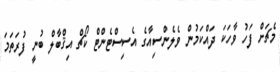
މެޗަށް ފަހު ވާހަކަ ދައްކަމުން ވެލެންސިއާގެ އެސިސްޓެންޓް ކޯޗް އިޤްބާލް ބުނީ ފުރަތަމަ